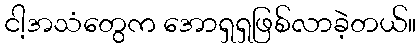
ငါ့အသံတွေက အောရှရှဖြစ်လာခဲ့တယ်။